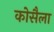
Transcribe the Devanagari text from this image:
कोसैला